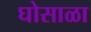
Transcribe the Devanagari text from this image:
घोसाळा